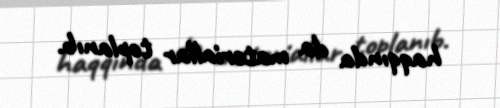
haqqında da materiallar toplanıb.